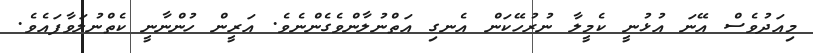
މިއަދުވެސް އޭނަ އުޅުނީ ކެމީލާ ނުރުހޭކަން އެނގި އަތްނުލާންވެގެންނެވެ. އަރީން ހުންނާނީ ކެތްނުލަވާފައެވެ.